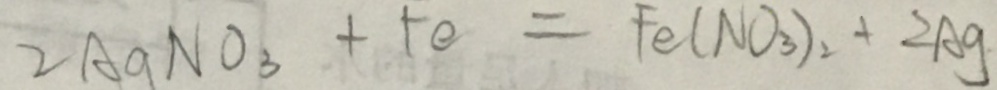
2 A g N O _ { 3 } + F e = F e ( N O _ { 3 } ) _ { 2 } + 2 A g